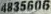
4835606